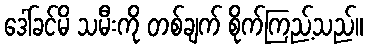
ဒေါ်ခင်မိ သမီးကို တစ်ချက် စိုက်ကြည့်သည်။